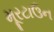
મૂરટાઉન